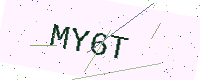
Text: MY6T